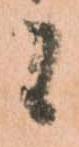
候